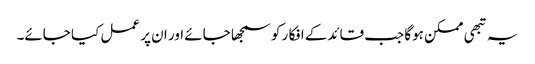
یہ تبھی ممکن ہوگا جب قائدکے افکا ر کو سمجھا جائے اور ان پر عمل کیا جائے۔